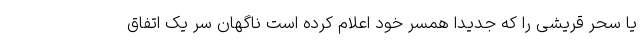
یا سحر قریشی را که جدیدا همسر خود اعلام کرده است ناگهان سر یک اتفاق